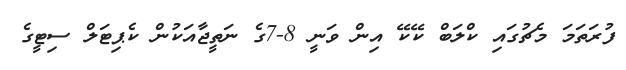
ފުރަތަމަ މެޗުގައި ކްލަބް ކޭކޭ އިން ވަނީ 8-7ގެ ނަތީޖާއަކުން ކެޕިޓަލް ސިޓީގެ